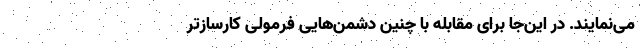
می‌نمایند. در این‌جا برای مقابله با چنین دشمن‌هایی فرمولی کارسازتر